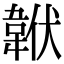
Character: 𩎧